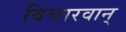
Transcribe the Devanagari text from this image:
विचारवान्